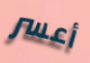
أعسر